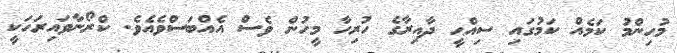
މުހިންމު ކަމެއް ކަމުގައި ސިއްޙީ ދާއިރާގެ ހުރިހާ މީހުން ވެސް އެއްބަސްވެއެވެ. ކްރޯނާވައިރަހަކީ